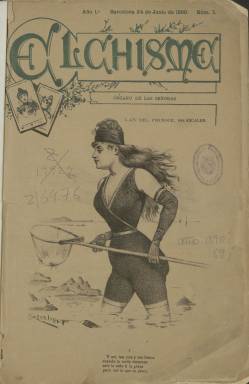
Título: El Chisme (Barcelona)
Colección: Revistas satíricas y humorísticas
Ámbito geográfico: Barcelona
Lugar de publicación: Barcelona
Fechas: 24/06/1890-01/09/1891